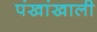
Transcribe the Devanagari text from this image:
पंखांखाली